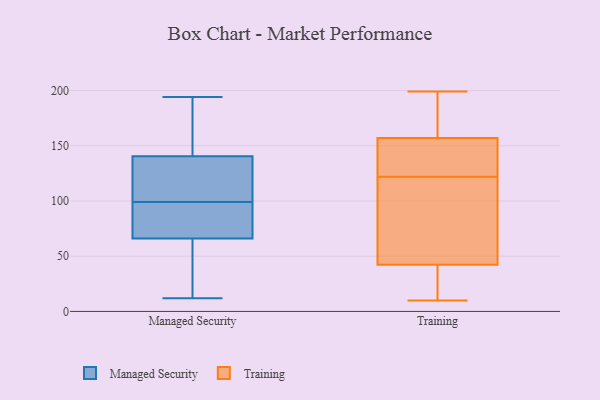
{"axis": {"x": "Budget (USD K)", "y": "Value"}, "legend": ["Managed Security", "Training"], "data": [{"x": "", "y": 155, "type": "Managed Security"}, {"x": "", "y": 194, "type": "Managed Security"}, {"x": "", "y": 162, "type": "Managed Security"}, {"x": "", "y": 126, "type": "Managed Security"}, {"x": "", "y": 102, "type": "Managed Security"}, {"x": "", "y": 12, "type": "Managed Security"}, {"x": "", "y": 84, "type": "Managed Security"}, {"x": "", "y": 35, "type": "Managed Security"}, {"x": "", "y": 117, "type": "Managed Security"}, {"x": "", "y": 67, "type": "Managed Security"}, {"x": "", "y": 14, "type": "Managed Security"}, {"x": "", "y": 79, "type": "Managed Security"}, {"x": "", "y": 65, "type": "Managed Security"}, {"x": "", "y": 109, "type": "Managed Security"}, {"x": "", "y": 96, "type": "Managed Security"}, {"x": "", "y": 78, "type": "Managed Security"}, {"x": "", "y": 18, "type": "Managed Security"}, {"x": "", "y": 177, "type": "Managed Security"}, {"x": "", "y": 125, "type": "Managed Security"}, {"x": "", "y": 179, "type": "Managed Security"}, {"x": "", "y": 10, "type": "Training"}, {"x": "", "y": 122, "type": "Training"}, {"x": "", "y": 133, "type": "Training"}, {"x": "", "y": 133, "type": "Training"}, {"x": "", "y": 19, "type": "Training"}, {"x": "", "y": 195, "type": "Training"}, {"x": "", "y": 21, "type": "Training"}, {"x": "", "y": 194, "type": "Training"}, {"x": "", "y": 63, "type": "Training"}, {"x": "", "y": 46, "type": "Training"}, {"x": "", "y": 159, "type": "Training"}, {"x": "", "y": 109, "type": "Training"}, {"x": "", "y": 41, "type": "Training"}, {"x": "", "y": 144, "type": "Training"}, {"x": "", "y": 151, "type": "Training"}, {"x": "", "y": 33, "type": "Training"}, {"x": "", "y": 115, "type": "Training"}, {"x": "", "y": 180, "type": "Training"}, {"x": "", "y": 199, "type": "Training"}]}